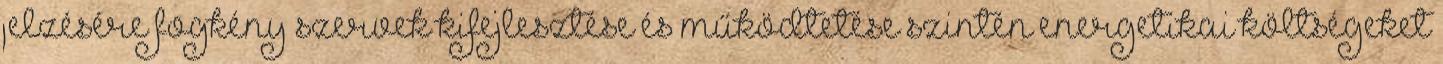
jelzésére fogkény szervek kifejlesztése és működtetése szintén energetikai költségeket